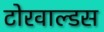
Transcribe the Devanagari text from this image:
टोरवाल्डस